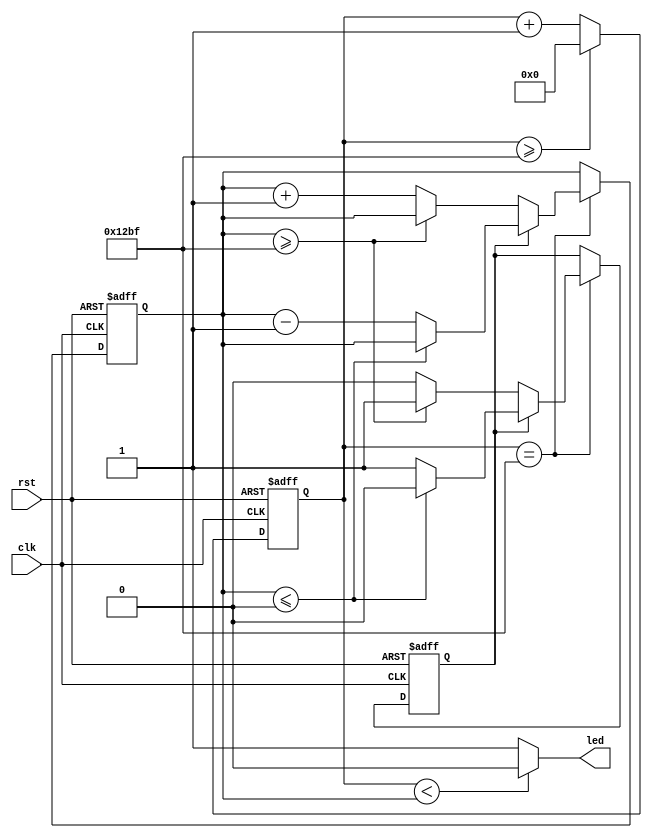
//2020.9.28 
// https://www.stepfpga.com/doc/altera_9breath

module breath_led(clk,rst,led);
 
	input clk;             //
	input rst;             //
	output led;            //led
 
	reg [24:0] cnt1;       //1
	reg [24:0] cnt2;       //2
	reg flag;              //
 
	parameter   CNT_NUM = 4800;	// period = (2400^2)*2 = 24000000 = 2s  4800
	//cnt1
	always@(posedge clk or negedge rst) begin 
		if(!rst) begin
			cnt1<=13'd0;
			end 
                else begin
		     if(cnt1>=CNT_NUM-1) 
                        cnt1<=1'b0;
		     else 
                        cnt1<=cnt1+1'b1; 
                    end
		end
 
	//cnt2
	always@(posedge clk or negedge rst) begin 
		if(!rst) begin
			cnt2<=13'd0;
			flag<=1'b0;
			end 
                else begin
		     if(cnt1==CNT_NUM-1) begin              //12
			if(!flag) begin                     //02
				if(cnt2>=CNT_NUM-1)         //22
                                    flag<=1'b1;
				else
                                    cnt2<=cnt2+1'b1;
			end else begin                     //2
				if(cnt2<=0)                //202
                                    flag<=1'b0;
				else 
                                    cnt2<=cnt2-1'b1;
			end
			end
                            else cnt2<=cnt2;              //12
			end
			end
 
	//12led
	assign	led = (cnt1<cnt2)?1'b0:1'b1;
 
endmodule